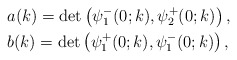
\begin{align*}&a(k) =\det \left(\psi^-_1(0;k), \psi^+_2(0;k)\right), \\&b(k) =\det\left(\psi_1^+(0;k), \psi_1^-(0; k)\right),\end{align*}